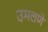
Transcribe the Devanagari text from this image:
उमलणे